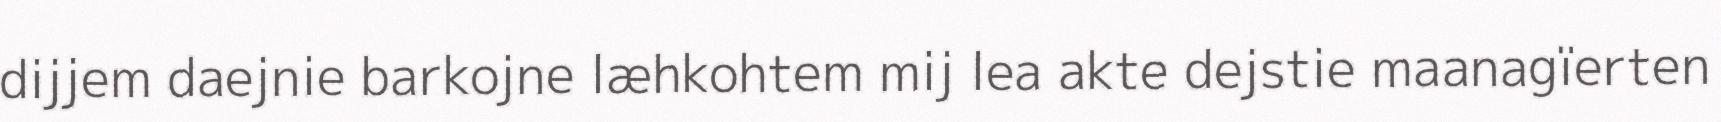
dijjem daejnie barkojne læhkohtem mij lea akte dejstie maanagïerten